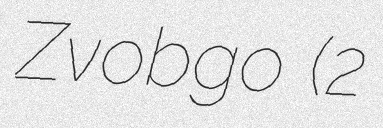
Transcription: Zvobgo (2